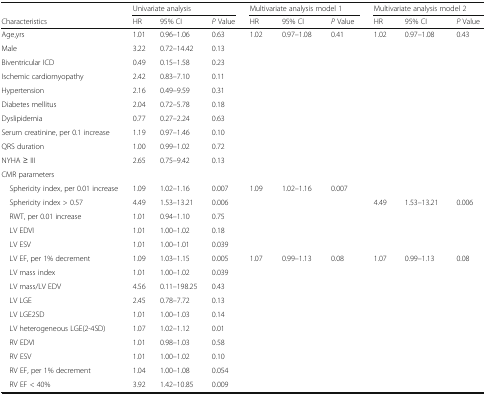
<table><thead><tr><td></td><td colspan="3"><b>Univariate analysis</b></td><td colspan="3"><b>Multivariate analysis model 1</b></td><td colspan="3"><b>Multivariate analysis model 2</b></td></tr><tr><td><b>Characteristics</b></td><td><b>HR</b></td><td><b>95% CI</b></td><td><b><i>P</i> Value</b></td><td><b>HR</b></td><td><b>95% CI</b></td><td><b><i>P</i> Value</b></td><td><b>HR</b></td><td><b>95% CI</b></td><td><b><i>P</i> Value</b></td></tr></thead><tbody><tr><td>Age,yrs</td><td>1.01</td><td>0.96–1.06</td><td>0.63</td><td>1.02</td><td>0.97–1.08</td><td>0.41</td><td>1.02</td><td>0.97–1.08</td><td>0.43</td></tr><tr><td>Male</td><td>3.22</td><td>0.72–14.42</td><td>0.13</td><td></td><td></td><td></td><td></td><td></td><td></td></tr><tr><td>Biventricular ICD</td><td>0.49</td><td>0.15–1.58</td><td>0.23</td><td></td><td></td><td></td><td></td><td></td><td></td></tr><tr><td>Ischemic cardiomyopathy</td><td>2.42</td><td>0.83–7.10</td><td>0.11</td><td></td><td></td><td></td><td></td><td></td><td></td></tr><tr><td>Hypertension</td><td>2.16</td><td>0.49–9.59</td><td>0.31</td><td></td><td></td><td></td><td></td><td></td><td></td></tr><tr><td>Diabetes mellitus</td><td>2.04</td><td>0.72–5.78</td><td>0.18</td><td></td><td></td><td></td><td></td><td></td><td></td></tr><tr><td>Dyslipidemia</td><td>0.77</td><td>0.27–2.24</td><td>0.63</td><td></td><td></td><td></td><td></td><td></td><td></td></tr><tr><td>Serum creatinine, per 0.1 increase</td><td>1.19</td><td>0.97–1.46</td><td>0.10</td><td></td><td></td><td></td><td></td><td></td><td></td></tr><tr><td>QRS duration</td><td>1.00</td><td>0.99–1.02</td><td>0.72</td><td></td><td></td><td></td><td></td><td></td><td></td></tr><tr><td>NYHA ≥ III</td><td>2.65</td><td>0.75–9.42</td><td>0.13</td><td></td><td></td><td></td><td></td><td></td><td></td></tr><tr><td colspan="10">CMR parameters</td></tr><tr><td> Sphericity index, per 0.01 increase</td><td>1.09</td><td>1.02–1.16</td><td>0.007</td><td>1.09</td><td>1.02–1.16</td><td>0.007</td><td></td><td></td><td></td></tr><tr><td> Sphericity index &gt; 0.57</td><td>4.49</td><td>1.53–13.21</td><td>0.006</td><td></td><td></td><td></td><td>4.49</td><td>1.53–13.21</td><td>0.006</td></tr><tr><td> RWT, per 0.01 increase</td><td>1.01</td><td>0.94–1.10</td><td>0.75</td><td></td><td></td><td></td><td></td><td></td><td></td></tr><tr><td> LV EDVI</td><td>1.01</td><td>1.00–1.02</td><td>0.18</td><td></td><td></td><td></td><td></td><td></td><td></td></tr><tr><td> LV ESV</td><td>1.01</td><td>1.00–1.01</td><td>0.039</td><td></td><td></td><td></td><td></td><td></td><td></td></tr><tr><td> LV EF, per 1% decrement</td><td>1.09</td><td>1.03–1.15</td><td>0.005</td><td>1.07</td><td>0.99–1.13</td><td>0.08</td><td>1.07</td><td>0.99–1.13</td><td>0.08</td></tr><tr><td> LV mass index</td><td>1.01</td><td>1.00–1.02</td><td>0.039</td><td></td><td></td><td></td><td></td><td></td><td></td></tr><tr><td> LV mass/LV EDV</td><td>4.56</td><td>0.11–198.25</td><td>0.43</td><td></td><td></td><td></td><td></td><td></td><td></td></tr><tr><td> LV LGE</td><td>2.45</td><td>0.78–7.72</td><td>0.13</td><td></td><td></td><td></td><td></td><td></td><td></td></tr><tr><td> LV LGE2SD</td><td>1.01</td><td>1.00–1.03</td><td>0.14</td><td></td><td></td><td></td><td></td><td></td><td></td></tr><tr><td> LV heterogeneous LGE(2-4SD)</td><td>1.07</td><td>1.02–1.12</td><td>0.01</td><td></td><td></td><td></td><td></td><td></td><td></td></tr><tr><td> RV EDVI</td><td>1.01</td><td>0.98–1.03</td><td>0.58</td><td></td><td></td><td></td><td></td><td></td><td></td></tr><tr><td> RV ESV</td><td>1.01</td><td>1.00–1.02</td><td>0.10</td><td></td><td></td><td></td><td></td><td></td><td></td></tr><tr><td> RV EF, per 1% decrement</td><td>1.04</td><td>1.00–1.08</td><td>0.054</td><td></td><td></td><td></td><td></td><td></td><td></td></tr><tr><td> RV EF &lt; 40%</td><td>3.92</td><td>1.42–10.85</td><td>0.009</td><td></td><td></td><td></td><td></td><td></td><td></td></tr></tbody></table>